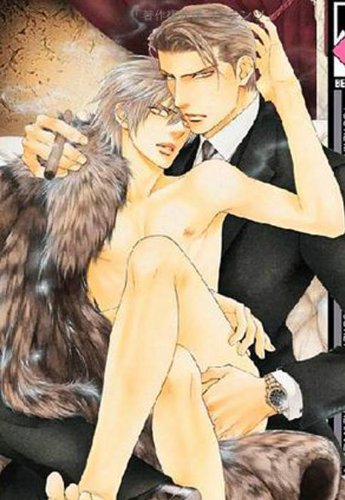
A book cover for Finder Volume 6: Passion Within The Viewfinder (Yaoi Manga) (Finder (Digital Manga)); Ayano Yamane; Comics & Graphic Novels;